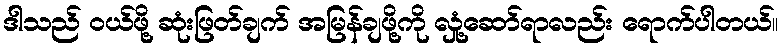
ဒါသည် ဝယ်ဖို့ ဆုံးဖြတ်ချက် အမြန်ချဖို့ကို လှုံ့ဆော်ရာလည်း ရောက်ပါတယ်။